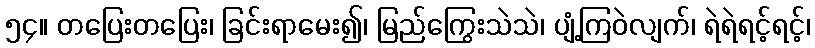
၅၄။ တပြေးတပြေး၊ ခြင်းရာမေး၍၊ မြည်ကြွေးသဲသဲ၊ ပျံ့ကြဝဲလျက်၊ ရဲရဲရင့်ရင့်၊